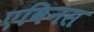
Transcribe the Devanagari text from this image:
एविनस